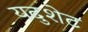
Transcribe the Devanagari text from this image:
यदुशेट